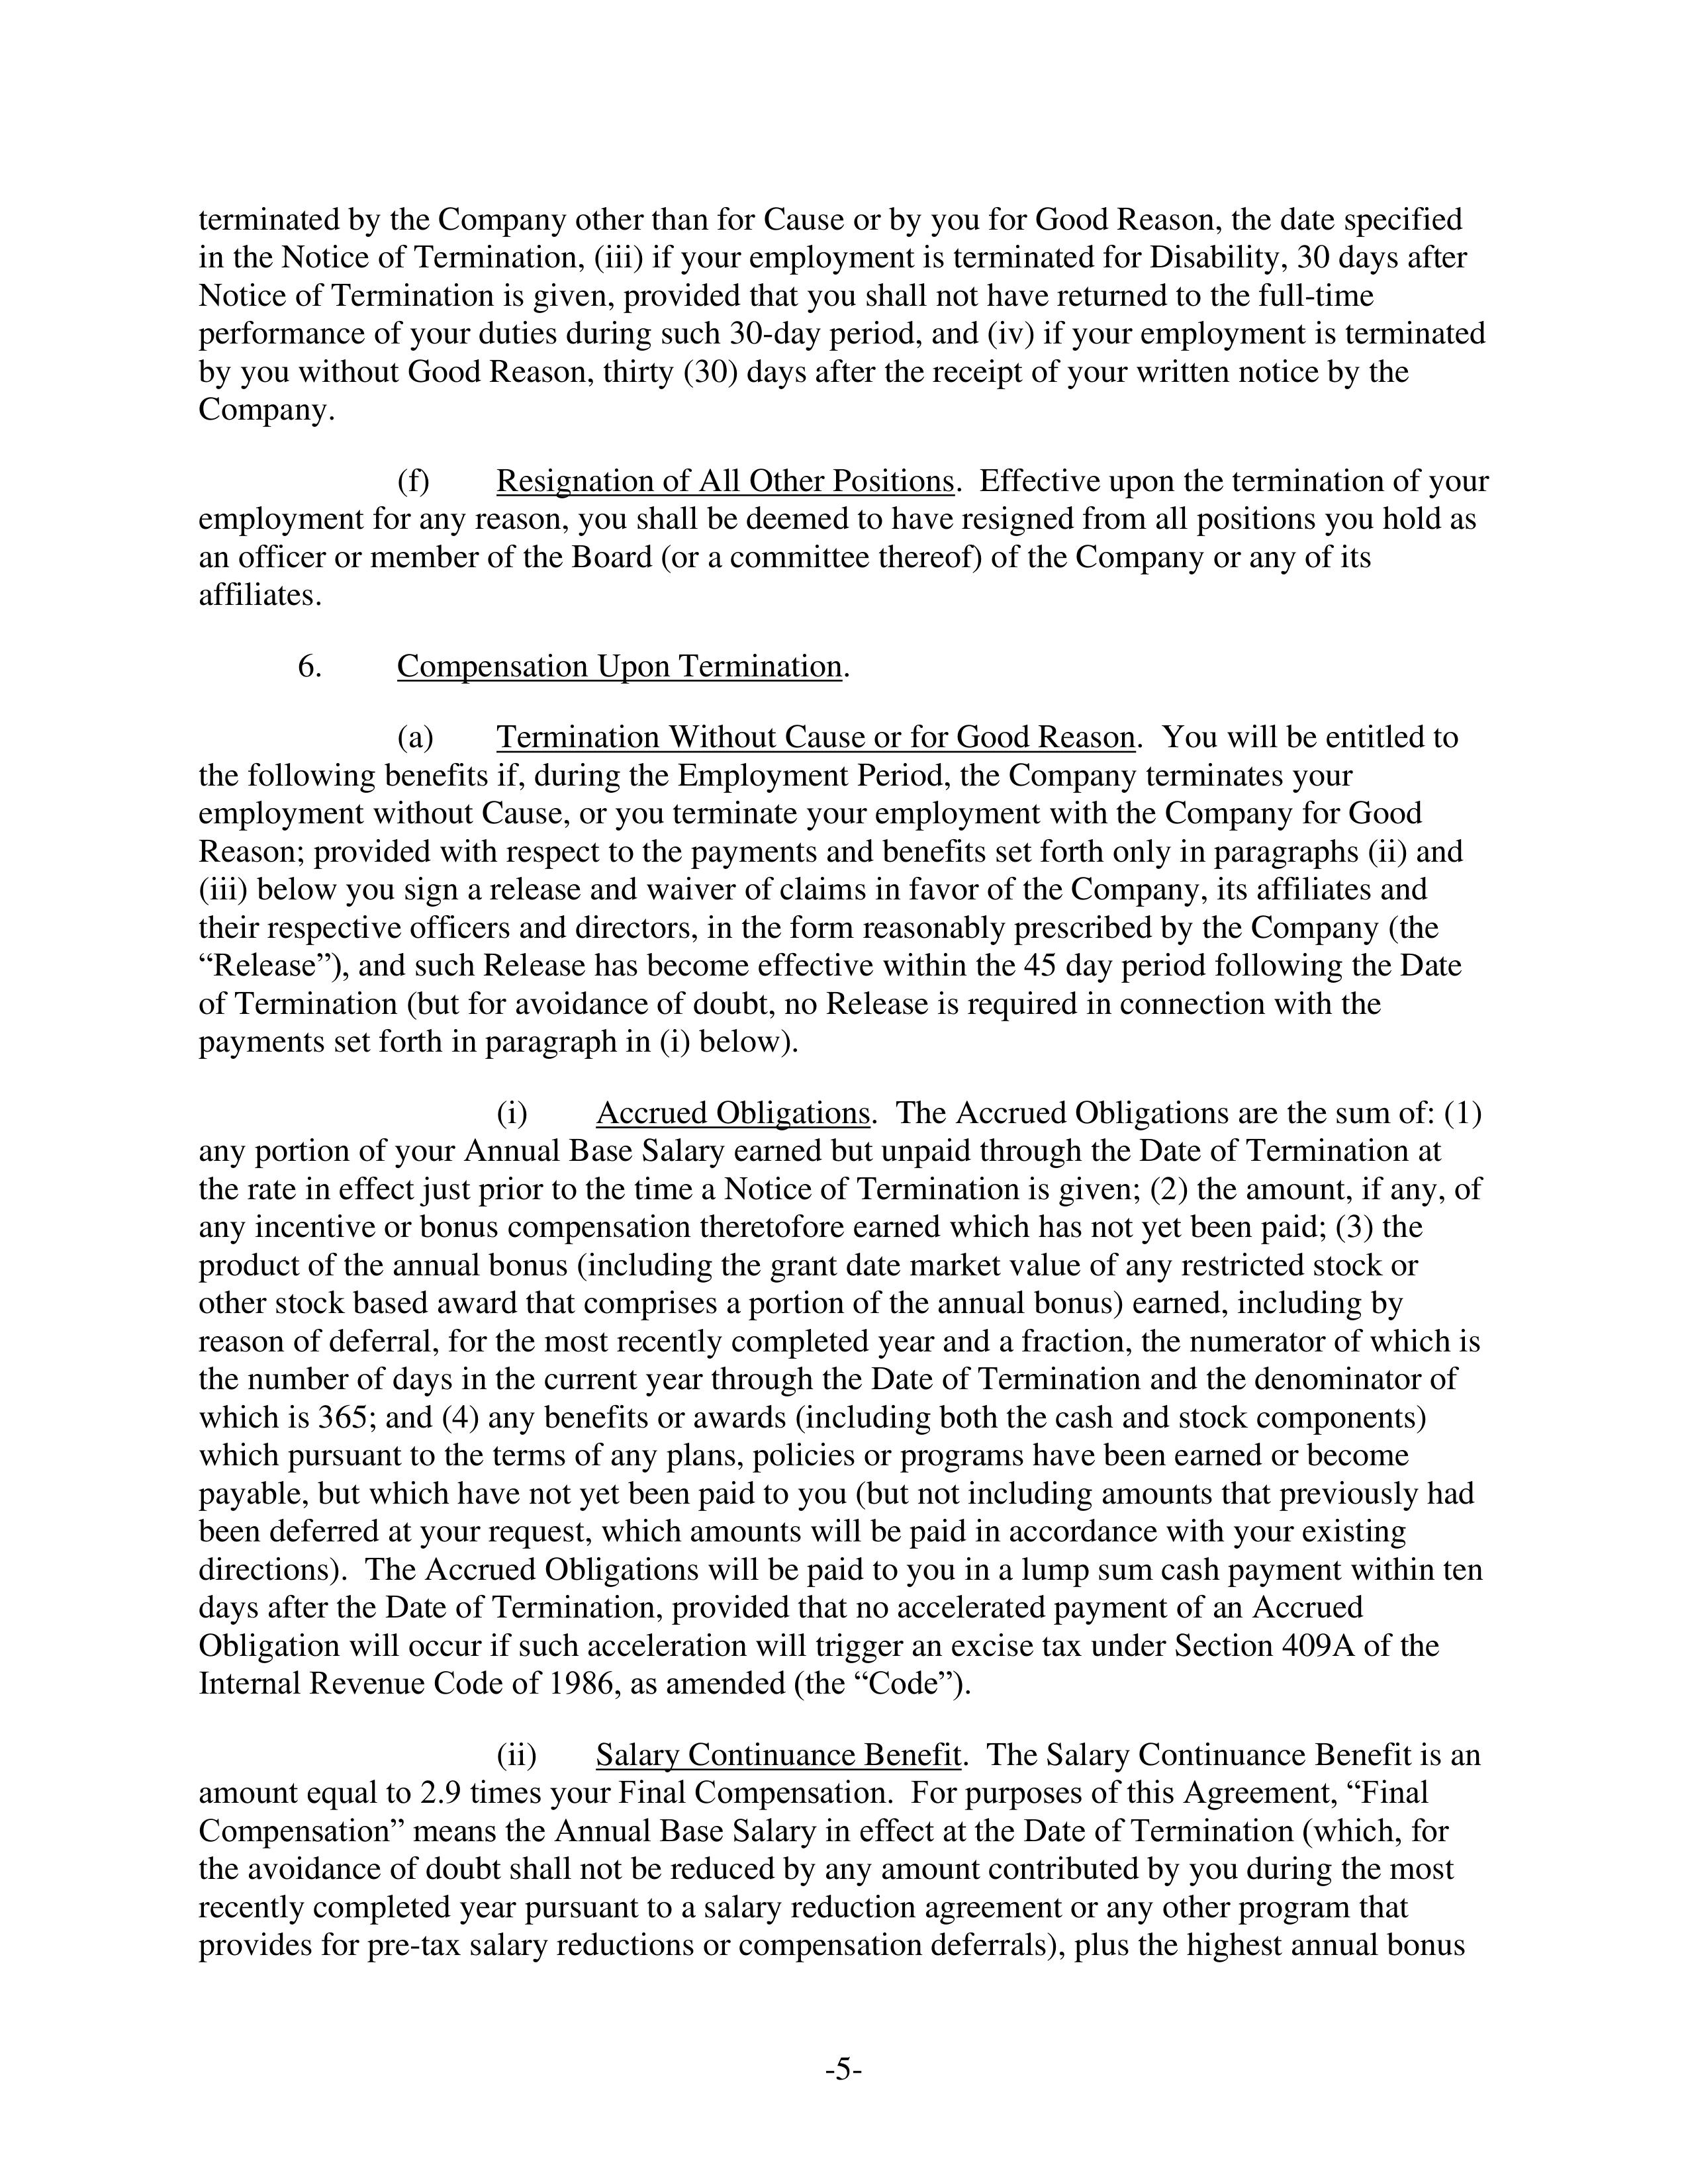
terminated by the Company other than for Cause or by you for Good Reason, the date specified
in the Notice of Termination, (iii) if your employment is terminated for Disability, 30 days after
Notice of Termination is given, provided that you shall not have returned to the full-time
performance of your duties during such 30-day period, and (iv) if your employment is terminated
by you without Good Reason, thirty (30) days after the receipt of your written notice by the
Company.

(f)        Resignation of All Other Positions. Effective upon the termination of your
employment for any reason, you shall be deemed to have resigned from all positions you hold as
an officer or member of the Board (or a committee thereof) of the Company or any of its
affiliates.

6.        Compensation Upon Termination.

(a)       Termination Without Cause or for Good Reason. You will be entitled to
the following benefits if, during the Employment Period, the Company terminates your
employment without Cause, or you terminate your employment with the Company for Good
Reason; provided with respect to the payments and benefits set forth only in paragraphs (ii) and
(iii) below you sign a release and waiver of claims in favor of the Company, its affiliates and
their respective officers and directors, in the form reasonably prescribed by the Company (the
"Release"), and such Release has become effective within the 45 day period following the Date
of Termination (but for avoidance of doubt, no Release is required in connection with the
payments set forth in paragraph in (i) below).

(i)        Accrued Obligations. The Accrued Obligations are the sum of: (1)
any portion of your Annual Base Salary earned but unpaid through the Date of Termination at
the rate in effect just prior to the time a Notice of Termination is given; (2) the amount, if any, of
any incentive or bonus compensation theretofore earned which has not yet been paid; (3) the
product of the annual bonus (including the grant date market value of any restricted stock or
other stock based award that comprises a portion of the annual bonus) earned, including by
reason of deferral, for the most recently completed year and a fraction, the numerator of which is
the number of days in the current year through the Date of Termination and the denominator of
which is 365; and (4) any benefits or awards (including both the cash and stock components)
which pursuant to the terms of any plans, policies or programs have been earned or become
payable, but which have not yet been paid to you (but not including amounts that previously had
been deferred at your request, which amounts will be paid in accordance with your existing
directions). The Accrued Obligations will be paid to you in a lump sum cash payment within ten
days after the Date of Termination, provided that no accelerated payment of an Accrued
Obligation will occur if such acceleration will trigger an excise tax under Section 409A of the
Internal Revenue Code of 1986, as amended (the "Code").

(ii)       Salary Continuance Benefit. The Salary Continuance Benefit is an
amount equal to 2.9 times your Final Compensation. For purposes of this Agreement, "Final
Compensation" means the Annual Base Salary in effect at the Date of Termination (which, for
the avoidance of doubt shall not be reduced by any amount contributed by you during the most
recently completed year pursuant to a salary reduction agreement or any other program that
provides for pre-tax salary reductions or compensation deferrals), plus the highest annual bonus

-5-